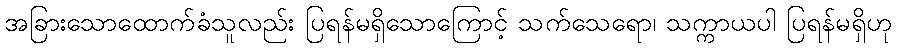
အခြားသောထောက်ခံသူလည်း ပြရန်မရှိသောကြောင့် သက်သေရော၊ သက္ကာယပါ ပြရန်မရှိဟု